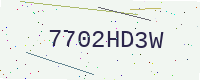
Text: 7702HD3W